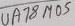
Text: UA78M05